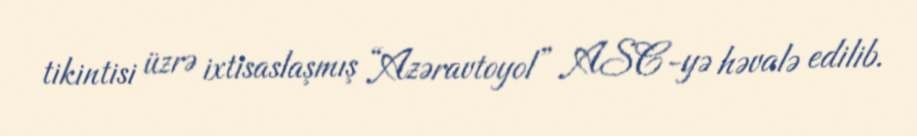
tikintisi üzrə ixtisaslaşmış “Azəravtoyol” ASC-yə həvalə edilib.